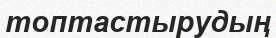
топтастырудың